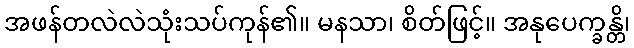
အဖန်တလဲလဲသုံးသပ်ကုန်၏။ မနသာ၊ စိတ်ဖြင့်။ အနုပေက္ခန္တိ၊